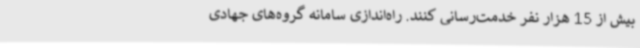
بیش از 15 هزار نفر خدمت‌رسانی کنند. راه‌اندازی سامانه گروه‌های جهادی